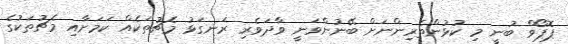
ޕޮޕޯވް ބުނީ މި ކުޅުންތެރިންނަށް ބޭނުންވަނީ ވާދަވެެރި ރަނގަޅު މެޗުތަކެއް ކަމަށާއި މެޗުތަކުގެ